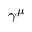
\gamma ^ { \mu }